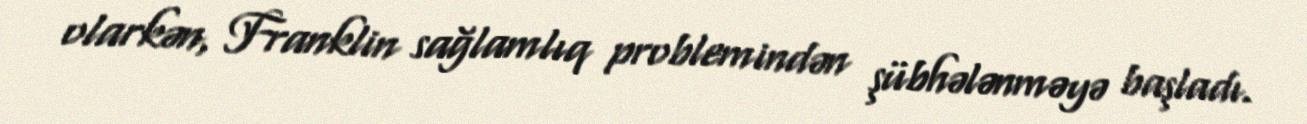
olarkən, Franklin sağlamlıq problemindən şübhələnməyə başladı.